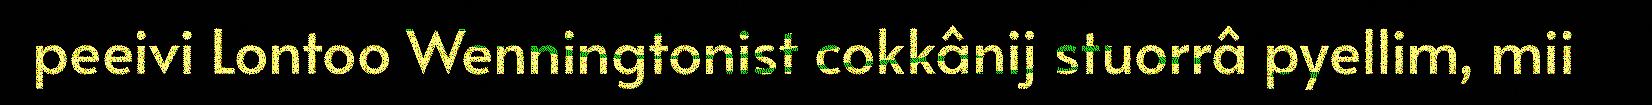
peeivi Lontoo Wenningtonist cokkânij stuorrâ pyellim, mii